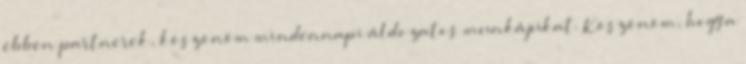
ebben partnerek, köszönöm mindennapi áldozatos munkájukat. Köszönöm, hogy a